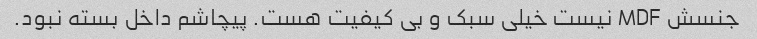
جنسش MDF نیست خیلی سبک و بی کیفیت هست. پیچاشم داخل بسته نبود.